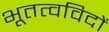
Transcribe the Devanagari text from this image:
भूतत्वविदों